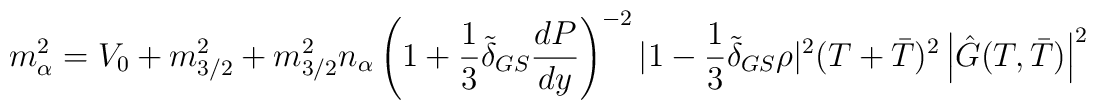
m^2_{\alpha}=V_0+m^2_{3/2}+m^2_{3/2}n_{\alpha}\left(1+\frac{1}{3}\tilde{\delta}_{GS} \frac{dP}{dy} \right)^{-2}|1-\frac{1}{3}\tilde{\delta}_{GS} \rho|^2 (T+\bar{T})^2\left|\hat{G}(T,\bar{T})\right|^2